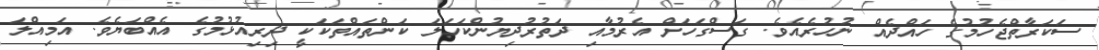
ސަކަރާތްޖެހުމުގެ ހައްދެއް ނުހުރެއެވެ. ގަސްގަހަށް އެރުމާއި ދަތުރުދިޔުންކަހަލަ ކަންތައްތަކަކީ ދިރިއުޅުމުގެ އެއްބަޔެވެ. އަމިއްލަ